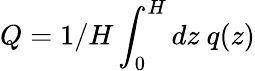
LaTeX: Q=1/H\int_{0}^{H}dz\ q(z)